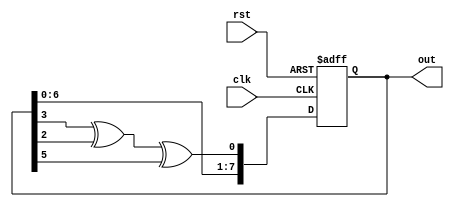
module lfsr (out, clk, rst);

  output reg [7:0] out;
  input clk, rst;

  wire feedback;

  assign feedback = (out[3] ^ out[2] ^ out[5]);

  always @(posedge clk or posedge rst)
  begin
    if (rst)
     out <= 8'b00000001; // random seed
    else
      out <= {out[6:0], feedback};
  end
endmodule